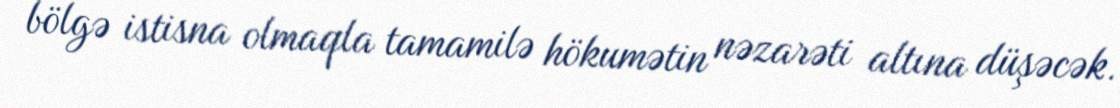
bölgə istisna olmaqla tamamilə hökumətin nəzarəti altına düşəcək.